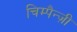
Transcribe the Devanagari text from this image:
चिम्पैन्ज़ी